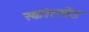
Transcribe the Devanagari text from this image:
स्का॓टलेंड